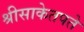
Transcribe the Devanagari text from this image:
श्रीसाकेतपते